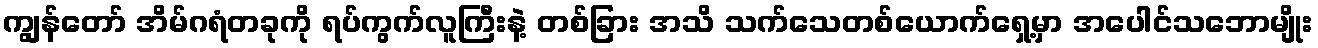
ကျွန်တော် အိမ်ဂရံတခုကို ရပ်ကွက်လူကြီးနဲ့ တစ်ခြား အသိ သက်သေတစ်ယောက်ရှေ့မှာ အပေါင်သဘောမျိုး